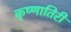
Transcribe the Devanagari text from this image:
कृष्णातिरी